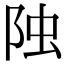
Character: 𨹁